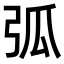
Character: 弧